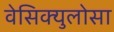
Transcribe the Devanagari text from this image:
वेसिक्युलोसा